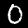
Label: 0